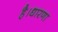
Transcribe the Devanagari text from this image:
है।धारणा